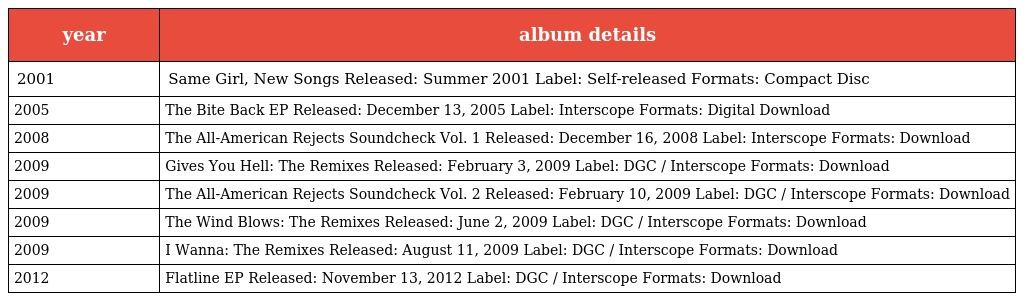
| year | album details |
 | --- | --- |
 | 2001 | Same Girl, New Songs Released: Summer 2001 Label: Self-released Formats: Compact Disc |
 | 2005 | The Bite Back EP Released: December 13, 2005 Label: Interscope Formats: Digital Download |
 | 2008 | The All-American Rejects Soundcheck Vol. 1 Released: December 16, 2008 Label: Interscope Formats: Download |
 | 2009 | Gives You Hell: The Remixes Released: February 3, 2009 Label: DGC / Interscope Formats: Download |
 | 2009 | The All-American Rejects Soundcheck Vol. 2 Released: February 10, 2009 Label: DGC / Interscope Formats: Download |
 | 2009 | The Wind Blows: The Remixes Released: June 2, 2009 Label: DGC / Interscope Formats: Download |
 | 2009 | I Wanna: The Remixes Released: August 11, 2009 Label: DGC / Interscope Formats: Download |
 | 2012 | Flatline EP Released: November 13, 2012 Label: DGC / Interscope Formats: Download |